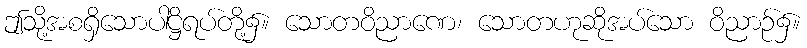
ဤသို့အစရှိသောပါဋ္ဌိရပ်တို့၌။ သောတဝိညာဏေ၊ သောတဟုဆိုအပ်သော ဝိညာဉ်၌။